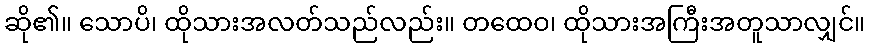
ဆို၏။ သောပိ၊ ထိုသားအလတ်သည်လည်း။ တထေဝ၊ ထိုသားအကြီးအတူသာလျှင်။